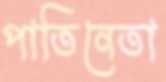
পাতিনেতা